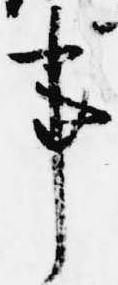
事